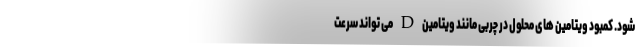
شود. کمبود ویتامین های محلول در چربی مانند ویتامین D می تواند سرعت